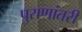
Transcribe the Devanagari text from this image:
पुराणांतरीं